Vabadussoja_Ajaloo_Komitee, lk 15
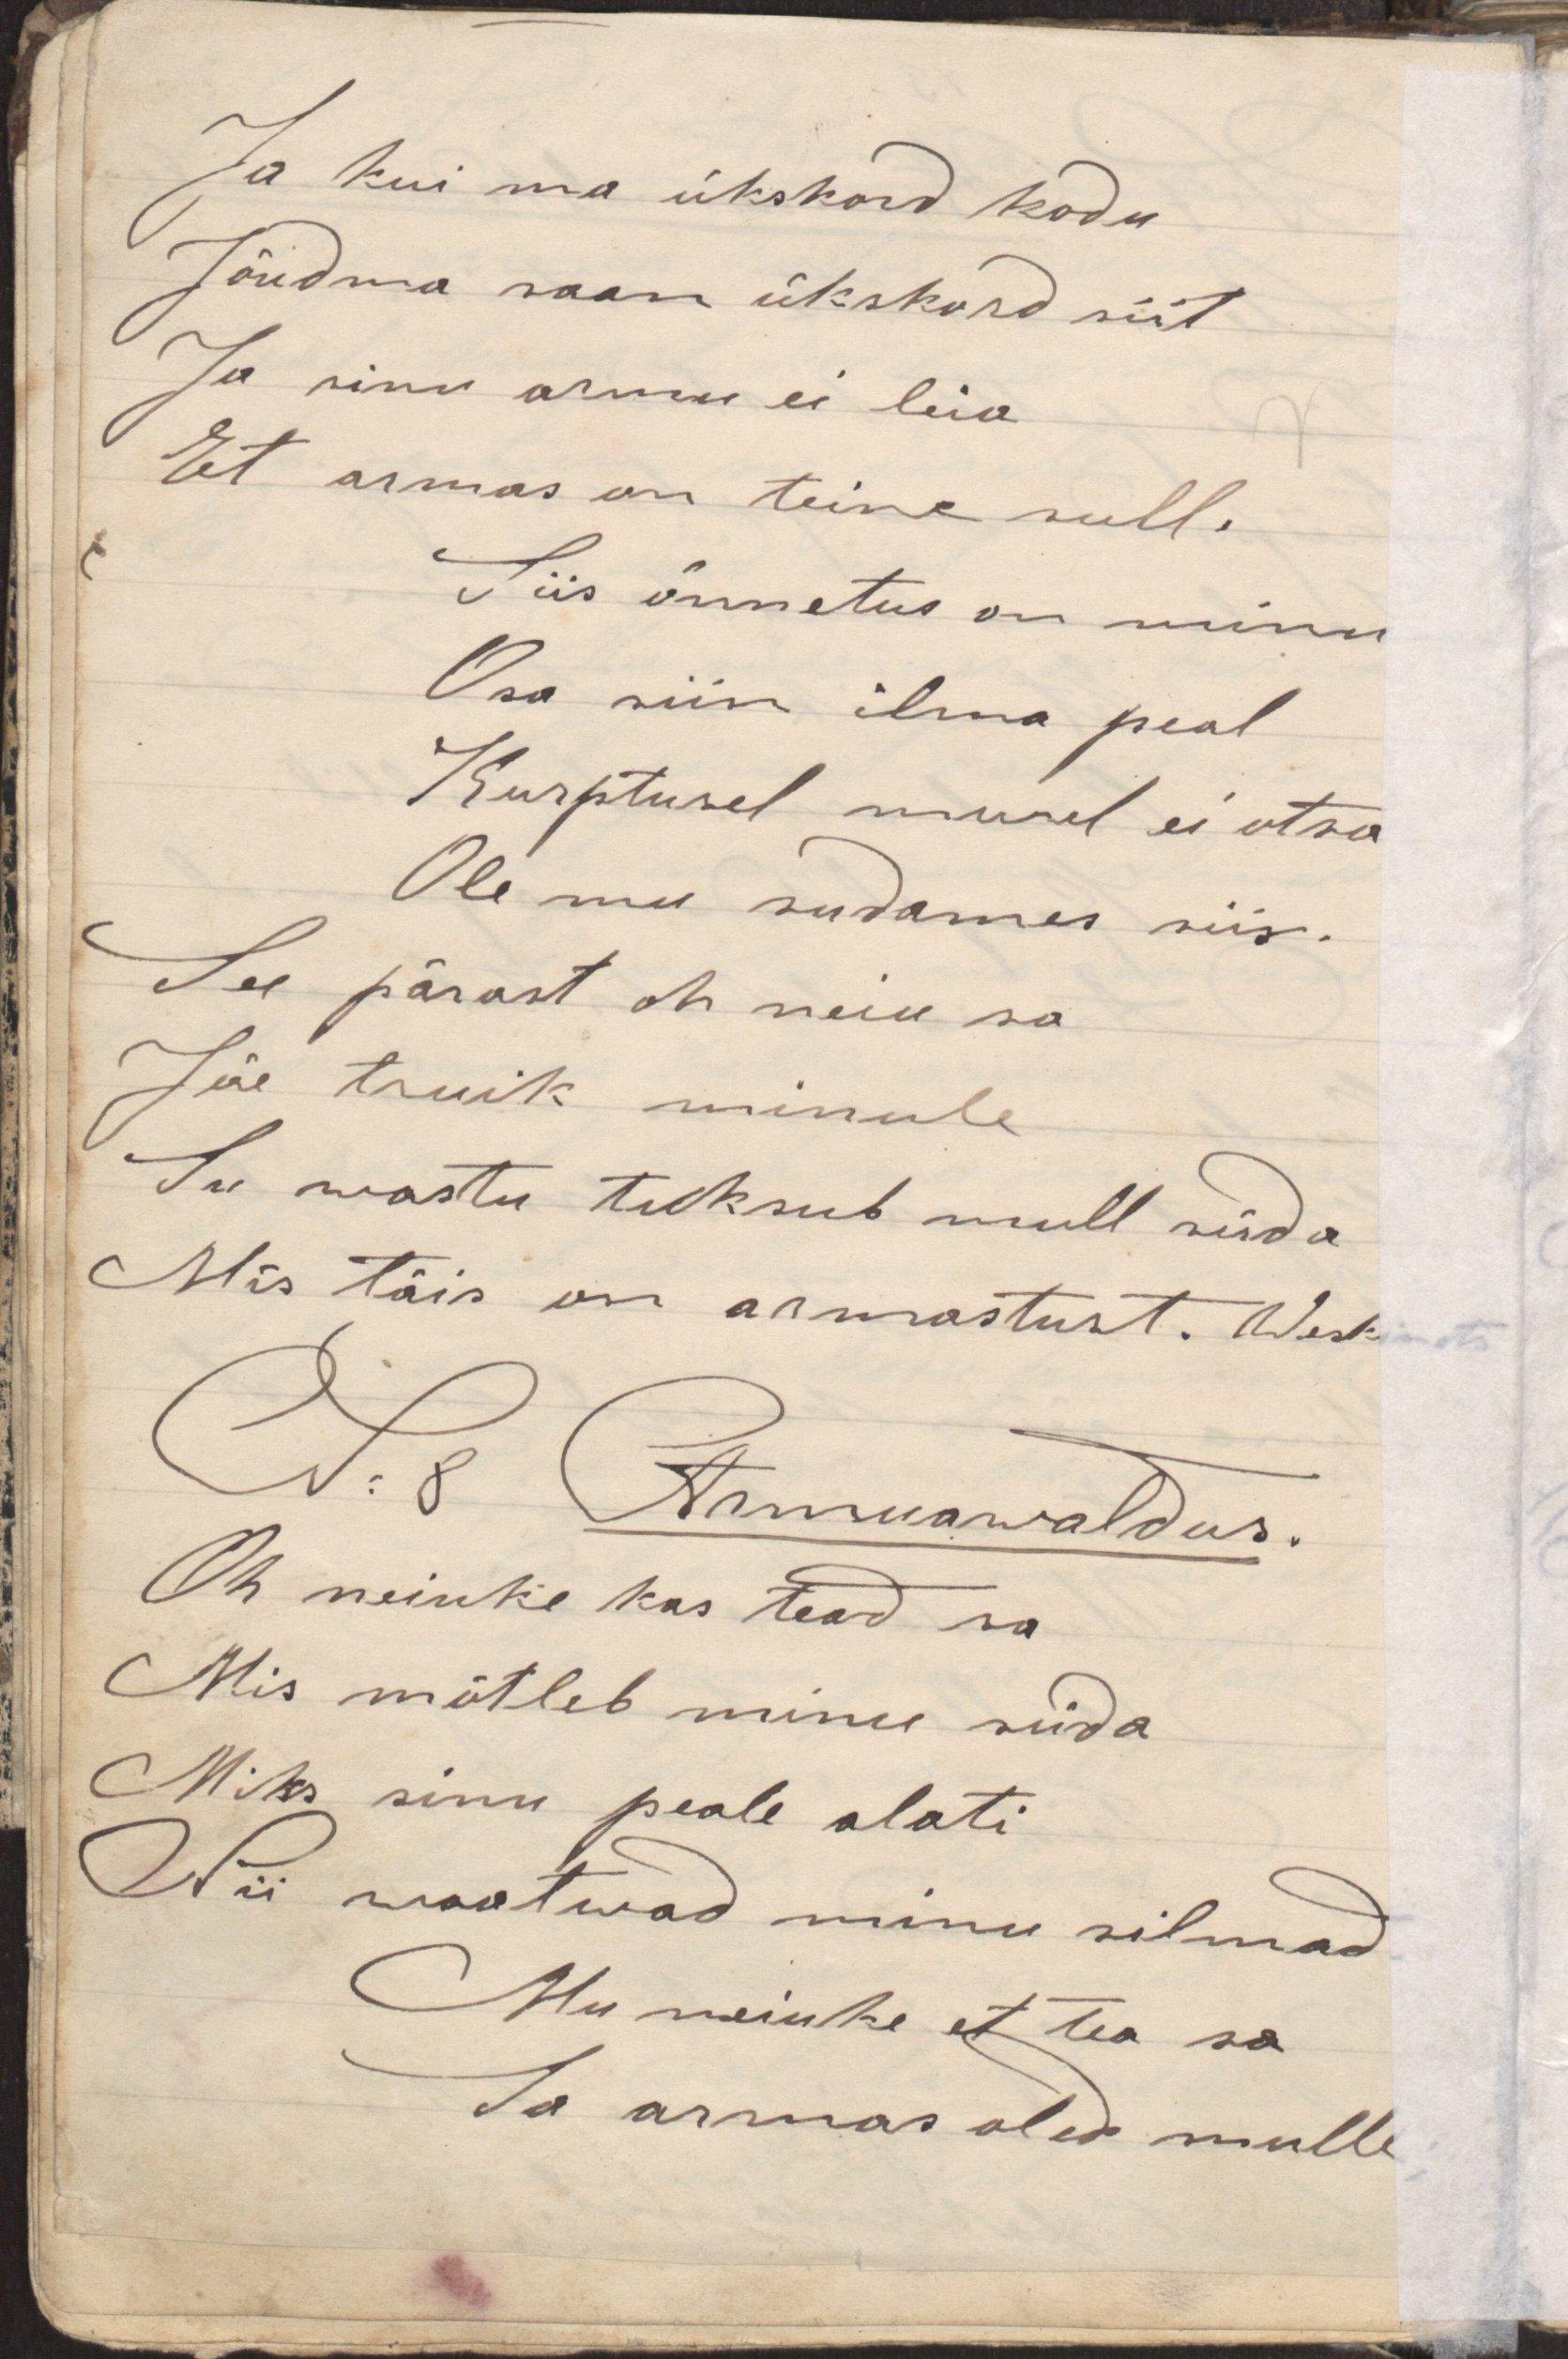
Ja kui ma ükskord kodu
Jõudma saan ükskord siit
Ja sinu armu ei leia
Et armas on teine sull.
Siis õnnetus on minu
Osa siin ilma peal
Kurptusel murel ei otsa
Ole mu südames siis.
See pärast oh neiu sa
Jäe truik minule
Su wastu tuksub mull süda
Mis täis on armastust. Weskimets
N: 8 Armuawaldus.
Oh neiuke kas tead sa
Mis mõtleb minu süda
Miks sinu peale alati
Nii waatwad minu silmad
Mu neiuke et tea sa
Sa armas oled mulle